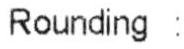
ROUNDING :